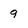
Character: 9